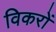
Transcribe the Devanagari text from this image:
विकरों